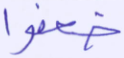
ضعفوا